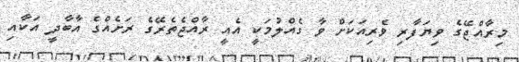
މިރާއްޖޭގެ ވިޔަފާރި ވެރިއަކަށް ވާ ގެއްލުމަކީ އެއީ ރާއްޖެތެރޭގެ ރަށެއްގެ އާބާދީ އަކާއި